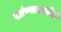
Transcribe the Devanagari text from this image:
खांण्यासाठीही